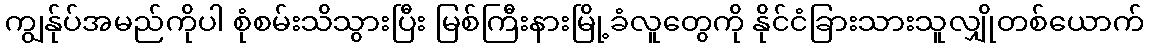
ကျွန်ုပ်အမည်ကိုပါ စုံစမ်းသိသွားပြီး မြစ်ကြီးနားမြို့ခံလူတွေကို နိုင်ငံခြားသားသူလျှိုတစ်ယောက်